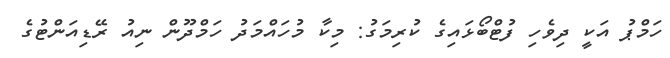
ހަމްޕު އަކީ ދިވެހި ފުޓްބޯޅައިގެ ކުރިމަގު: މިކާ މުހައްމަދު ހަމްދޫން ނިއު ރޭޑިއަންޓުގެ